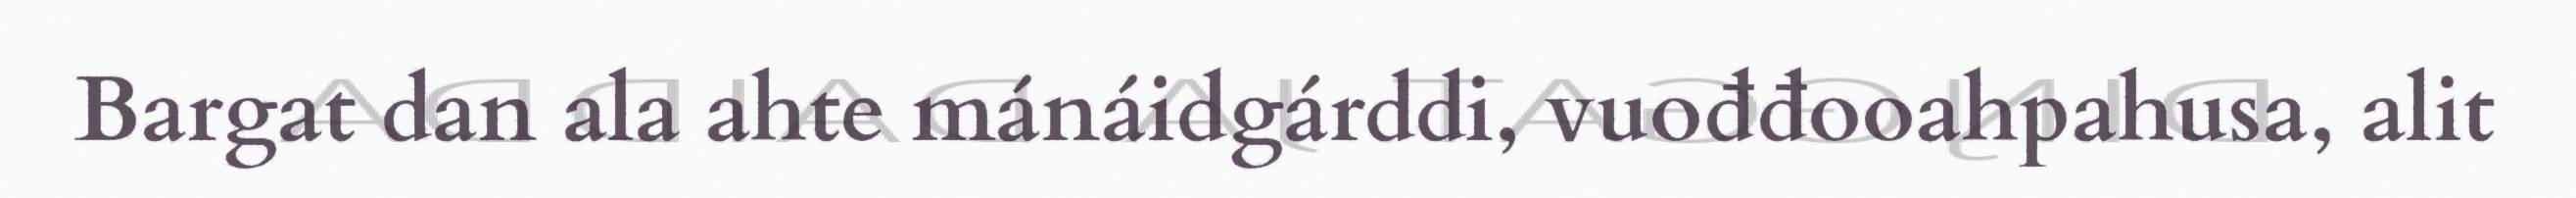
Bargat dan ala ahte mánáidgárddi, vuođđooahpahusa, alit